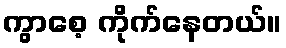
ကွာစေ့ ကိုက်နေတယ်။